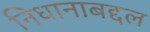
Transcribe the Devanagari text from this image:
निधानाबद्दल